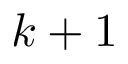
k + 1